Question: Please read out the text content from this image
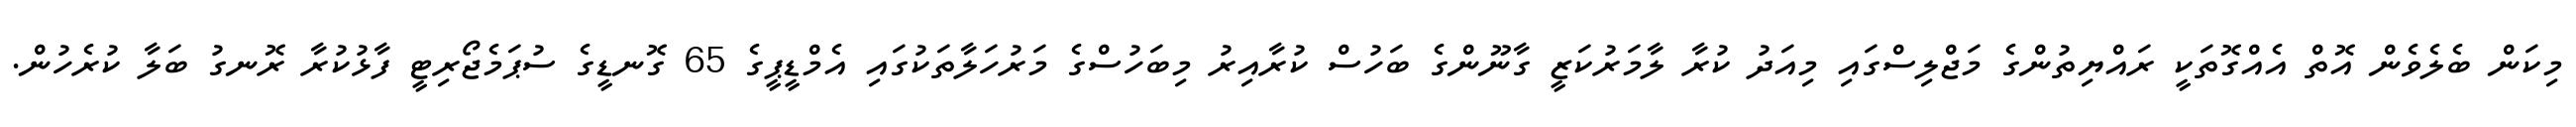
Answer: މިކަން ބެލެވެން އޮތް އެއްގޮތަކީ ރައްޔިތުންގެ މަޖްލިސްގައި މިއަދު ކުރާ ލާމަރުކަޒީ ގާނޫންގެ ބަހުސް ކުރާއިރު މިބަހުސްގެ މަރުހަލާތަކުގައި އެމްޑީޕީގެ 65 ގޮނޑީގެ ސުޕަމެޖޯރިޓީ ފާޅުކުރާ ރޮނގު ބަލާ ކުރެހުން.